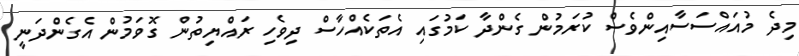
މިދެ މުއައްސަސާއިންވެސް ކުރަމުން ގެންދާ ކަމުގައި އެތަކެއްހާސް ދިވެހި ރައްޔިތުން ގޮވަމުން އެގެންދަނީ